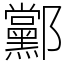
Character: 䣣